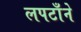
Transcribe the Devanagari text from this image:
लपटाँने